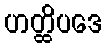
ဟတ္ထိပဒေ